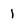
Character: 1